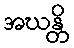
အဃန္တိ